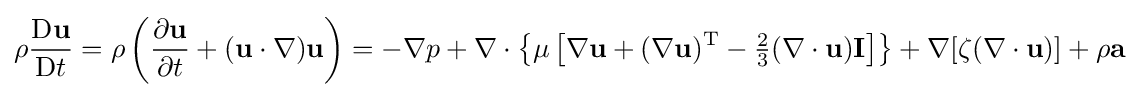
\rho {\frac {\mathrm {D} \mathbf {u} }{\mathrm {D} t}}=\rho \left({\frac {\partial \mathbf {u} }{\partial t}}+(\mathbf {u} \cdot \nabla )\mathbf {u} \right)=-\nabla p+\nabla \cdot \left\{\mu \left[\nabla \mathbf {u} +(\nabla \mathbf {u} )^{\mathrm {T} }-{\tfrac {2}{3}}(\nabla \cdot \mathbf {u} )\mathbf {I} \right]\right\}+\nabla [\zeta (\nabla \cdot \mathbf {u} )]+\rho \mathbf {a}